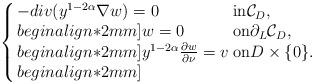
LaTeX: \begin{align*}\left\{ \arraycolsep=1.5pt\begin{array}{lll}- div(y^{1-2\alpha}\nabla w) = 0 &{\rm in} \mathcal{C}_D, \\begin{align*}2mm]w = 0 & {\rm on}\partial_L\mathcal{C}_D, \\begin{align*}2mm] y^{1-2\alpha}\frac{\partial w}{\partial \nu}= v & {\rm on}D\times\{0\}.\\begin{align*}2mm] \end{array} \right. \end{align*}